Code of medical and sanitary regulations for the guidance of medical officers serving in the Madras Presidency - Volume I
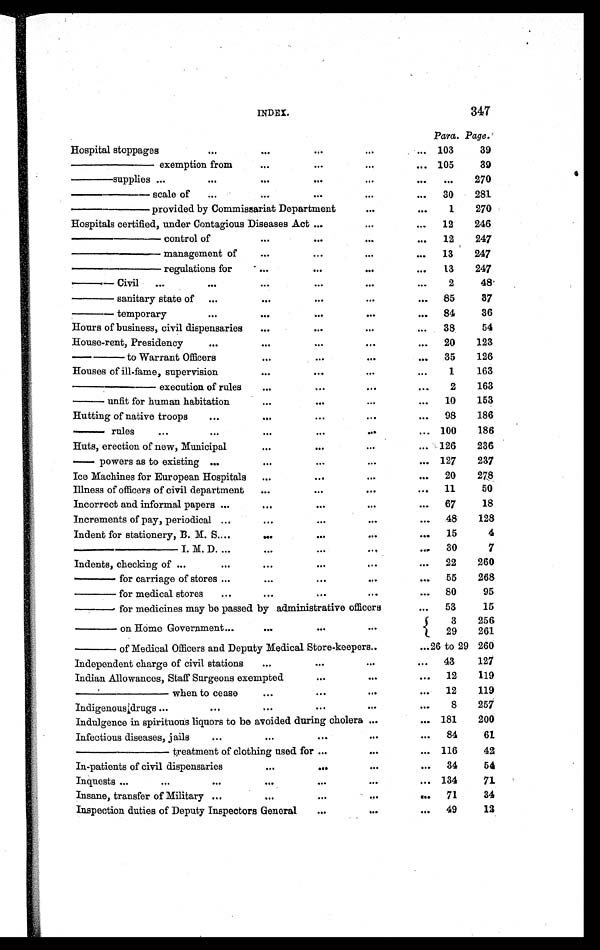
INDEX.
347
Para. Page.
Hospital stoppages
...
. . . ...
. . .
. . . 103
39
——— exemption from
. . .
...
. . .
. . . 105
39
—— supplies ...
...
. . .
...
. . .
. . .
. . .
270
——— scal e of ...
. . . ...
. . .
...
30
281
——— provided by Commissariat Department
. . .
. . .
1
270
Hospitals certified, under Contagious Diseases Act ...
. . .
. . .
12
246
——— control of
. . .
...
. . .
...
12
247
——— management of
...
...
. . .
. . .
13
247
——— regulations for
. . .
...
. . .
...
13
247
—— Civil ...
...
. . .
...
. . .
. . .
2
48
—— sanitary state of ...
. . .
...
. . .
. . . 85
87
—— temporary
...
...
...
...
... 84
36
Hours of business, civil dispensaries ...
...
...
. . .
...
38
54
House-rent, Presidency
...
. . . ...
. . .
. . . . 20
123
—— to Warrant Officers
. . .
...
. . .
. . . 35
126
Houses of ill-fame, supervision
...
...
. . .
...
1
163
— — — e x e c u t i o n o f r u l e s
...
...
. . .
. . .
2
163
— — u n f i t f o r h u m a n h a b i t a t i o n
. . .
...
. . .
...
10
153
Hutting of native troops
...
. . .
...
. . .
...
98
186
—— rules
...
...
. . .
...
. . .
... 100
186
Huts, erection of new, Municipal
. . .
...
. . .
. . . 126
236
—— powers as to existing ...
. . .
...
. . .
. . . 127
237
Ice Machines for European Hospitals
...
...
. . .
...
20
278
Illness of officers of civil department
...
...
. . .
... 11
50
Incorrect and informal papers ...
. . .
...
. . .
... 67
18
Increments of pay, periodical ...
. . .
...
. . .
... 48
128
Indent for stationery, B. M. S. ...
. . .
...
. . .
...
15
4
———— I. M. D. ...
. . .
...
...
... 30
7
Indents, checking of ...
. . .
. . .
...
. . .
. . . 22
260
—— for carriage of stores ...
. . .
...
. . .
... 55
268
—— for medical stores
...
. . .
. . .
. . .
. . . 80
95
—— for medicines may be passed by administrative officers
...
53
15
—— on Home Government ...
. . .
...
. . .
3
256
29
261
—— of Medical Officers and Deputy Medical Store-keepers..
... 26 to 29 260
Independent charge of civil stations
...
...
. . .
... 43
127
Indian Allowances, Staff Surgeons exempted
...
. . .
...
12
119
——— when to cease
. . .
...
. . .
. . . 12
119
Indigenous drugs ...
...
. . .
...
. . .
. . .
8
257
Indulgence in spirituous liquors to be avoided during cholera ...
... 181
200
Infectious diseases, jails
. . .
. . .
. . .
. . .
. . . 84
61
——— treatment of clothing used for ...
...
... 116
42
In-patients of civil dispensaries . . .
. . .
. . .
...
... 34
54
Inquests ...
...
. . .
. . .
...
. . .
... 134
71
Insane, transfer of Military ...
...
. . .
. . .
... 71
34
Inspection duties of Deputy Inspectors General
. . .
. . .
...
49
12